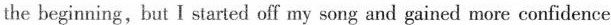
the beginning,but I started off my song and gained more confidence